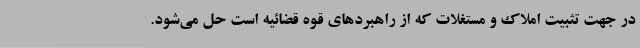
در جهت تثبیت املاک و مستغلات که از راهبردهای قوه قضائیه است حل می‌شود.